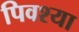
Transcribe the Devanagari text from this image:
पिवश्या